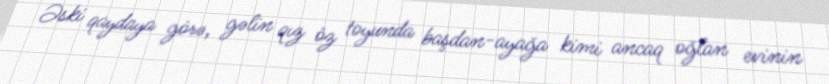
Əski qaydaya görə, gəlin qız öz toyunda başdan-ayağa kimi ancaq oğlan evinin